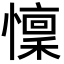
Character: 懍